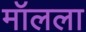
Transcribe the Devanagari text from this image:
मॉलला